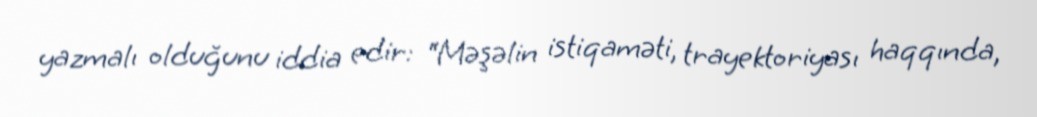
yazmalı olduğunu iddia edir: “Məşəlin istiqaməti, trayektoriyası haqqında,